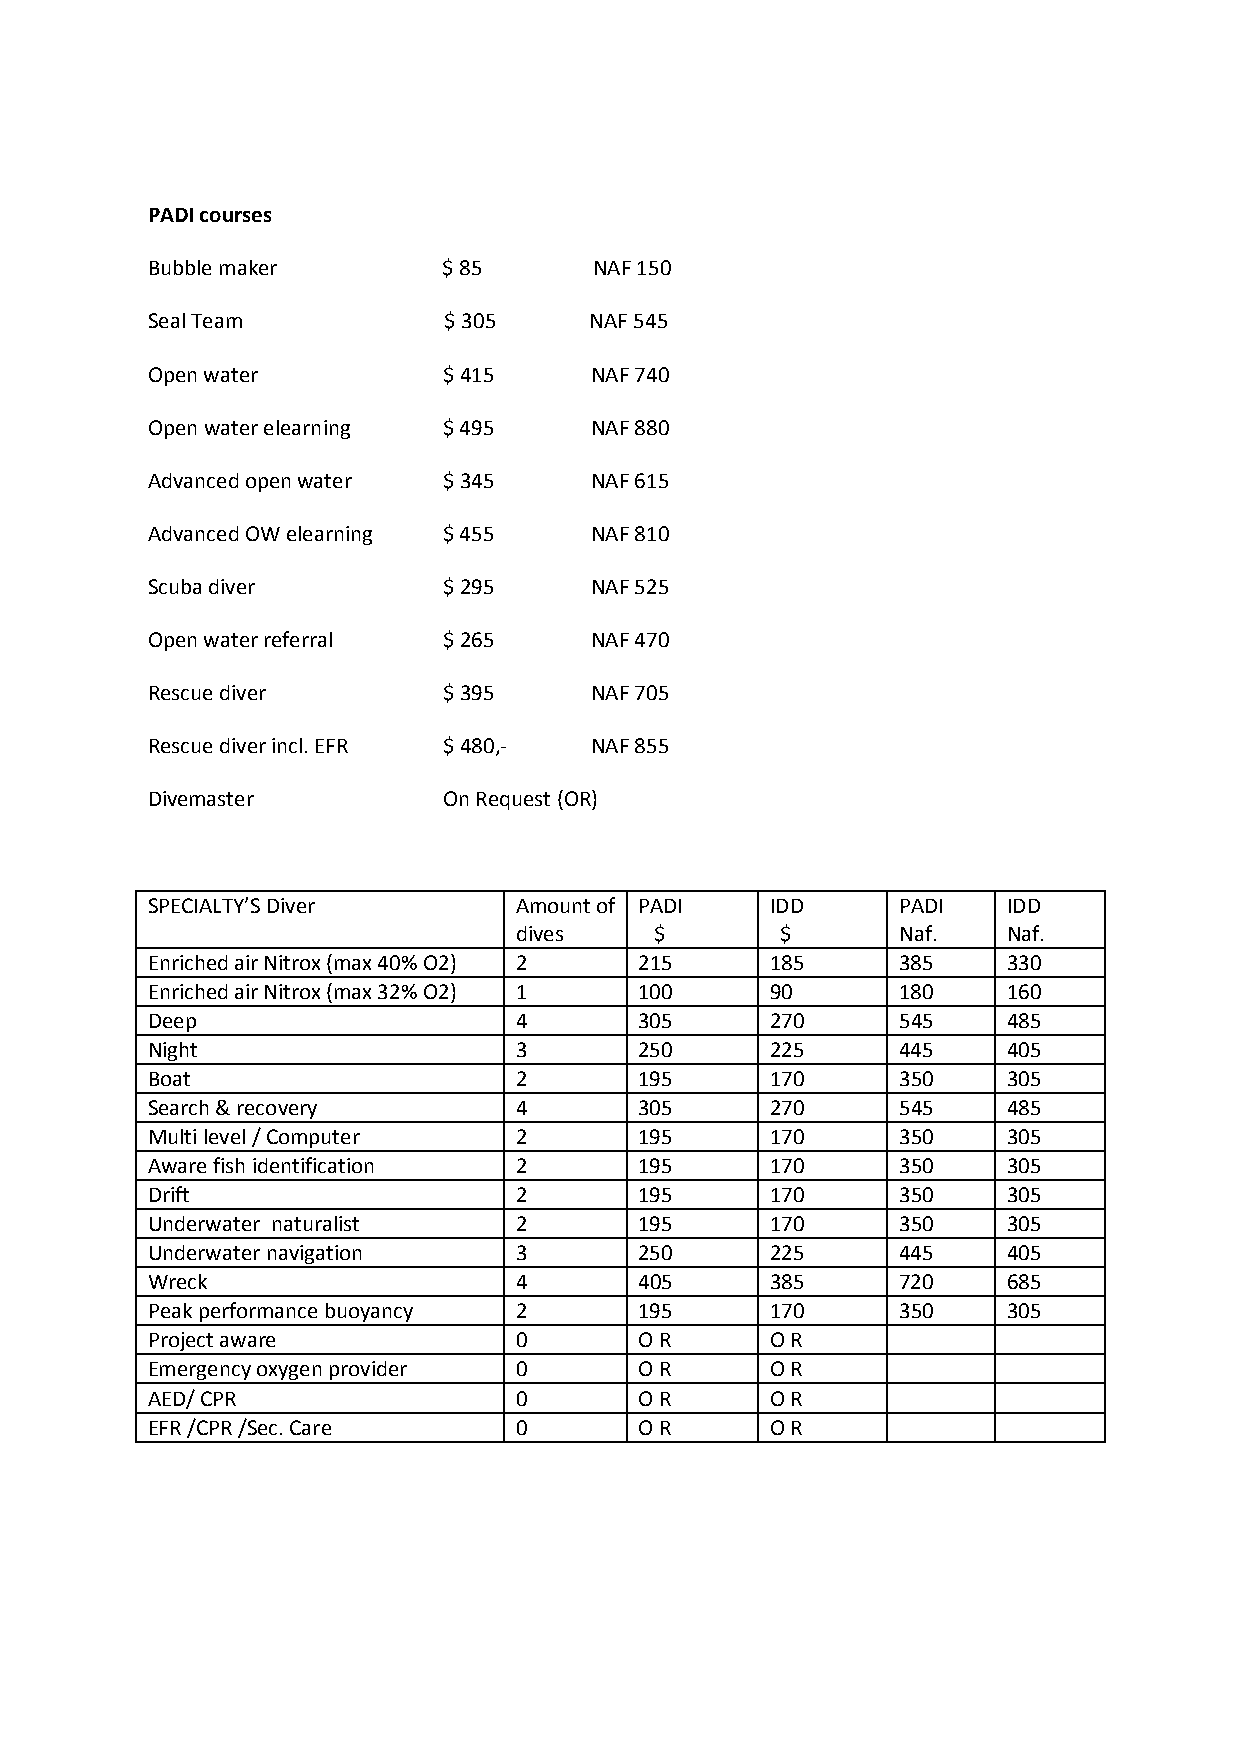
PADI courses
 Bubble maker       $ 85      NAF 150
 Seal Team          $ 305     NAF 545
 Open water         $ 415     NAF 740
 Open water elearning $ 495   NAF 880
 Advanced open water $ 345    NAF 615
 Advanced OW elearning $ 455  NAF 810
 Scuba diver        $ 295     NAF 525
 Open water referral $ 265    NAF 470
 Rescue diver       $ 395     NAF 705
 Rescue diver incl. EFR $ 480,- NAF 855
 Divemaster         On Request (OR)
 SPECIALTY’S Diver       Amount of PADI   IDD     PADI    IDD
 dives    $        $      Naf.    Naf.
 Enriched air Nitrox (max 40% O2) 2 215   185     385     330
 Enriched air Nitrox (max 32% O2) 1 100   90      180     160
 Deep                    4       305      270     545     485
 Night                   3       250      225     445     405
 Boat                    2       195      170     350     305
 Search & recovery       4       305      270     545     485
 Multi level / Computer  2       195      170     350     305
 Aware fish identification 2     195      170     350     305
 Drift                   2       195      170     350     305
 Underwater naturalist   2       195      170     350     305
 Underwater navigation   3       250      225     445     405
 Wreck                   4       405      385     720     685
 Peak performance buoyancy 2     195      170     350     305
 Project aware           0       O R      O R
 Emergency oxygen provider 0     O R      O R
 AED/ CPR                0       O R      O R
 EFR /CPR /Sec. Care     0       O R      O R